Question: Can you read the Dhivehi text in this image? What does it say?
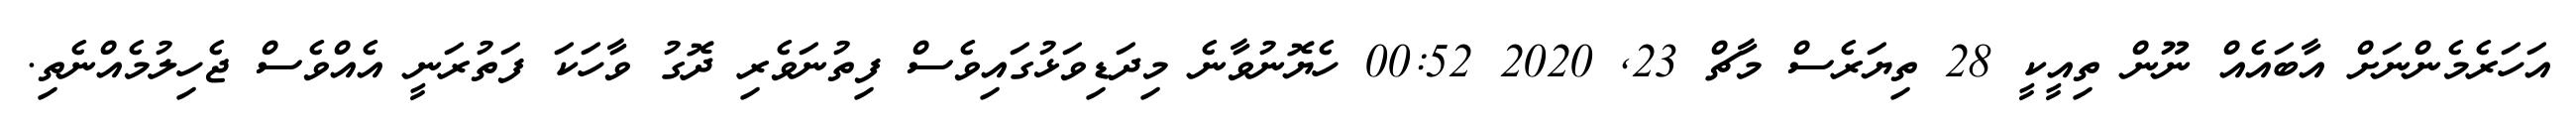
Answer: އަހަރެމެންނަށް އާބައެއް ނޫން ތިއީކީ 28 ތިޔަރެސް މާޗް 23, 2020 00:52 ހެޔޮނުވާނެ މިދަޑިވަޅުގައިވެސް ފިތުނަވެރި ދޮގު ވާހަކަ ފަތުރަނީ އެއްވެސް ޖެހިލުމެއްނެތި.